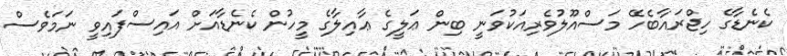
ކެނެޑާގެ ހިޖްރައާބެހޭ މަސްއޫލުވެރިއަކުވަނީ ބިން ޢަލީގެ ޢާއިލާގެ މީހުން ކެނެޑާއަށް އައިސްފައިވީ ނަމަވެސް